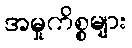
အမှုကိစ္စများ